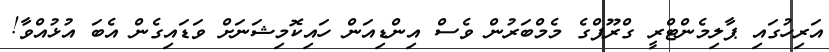
އަރިހުގައި ޕާލިމެންޓްރީ ގްރޫޕްގެ މެމްބަރުން ވެސް އިންޑިއަން ހައިކޮމިޝަނަށް ވަޑައިގެން އެބަ އުޅުއްވާ!